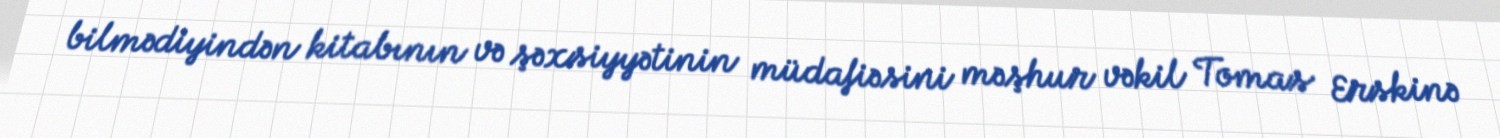
bilmədiyindən kitabının və şəxsiyyətinin müdafiəsini məşhur vəkil Tomas Erskinə